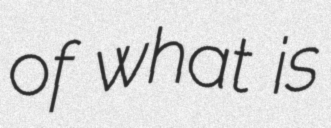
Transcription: of what is